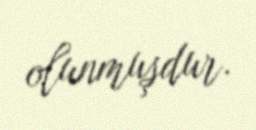
olunmuşdur.